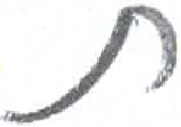
אות: ת